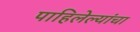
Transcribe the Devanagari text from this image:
पाहिलेल्यांचा